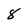
Character: 8